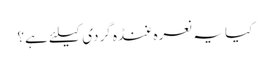
کیا یہ نعرہ غنڈہ گردی کیلئے ہے؟